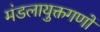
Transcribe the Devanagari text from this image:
मंडलायुक्तगणों